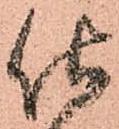
仕